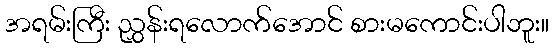
အရမ်းကြီး ညွှန်းရလောက်အောင် စားမကောင်းပါဘူး။